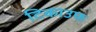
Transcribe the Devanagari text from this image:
टिकाउफ